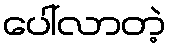
ပေါ်လာတဲ့